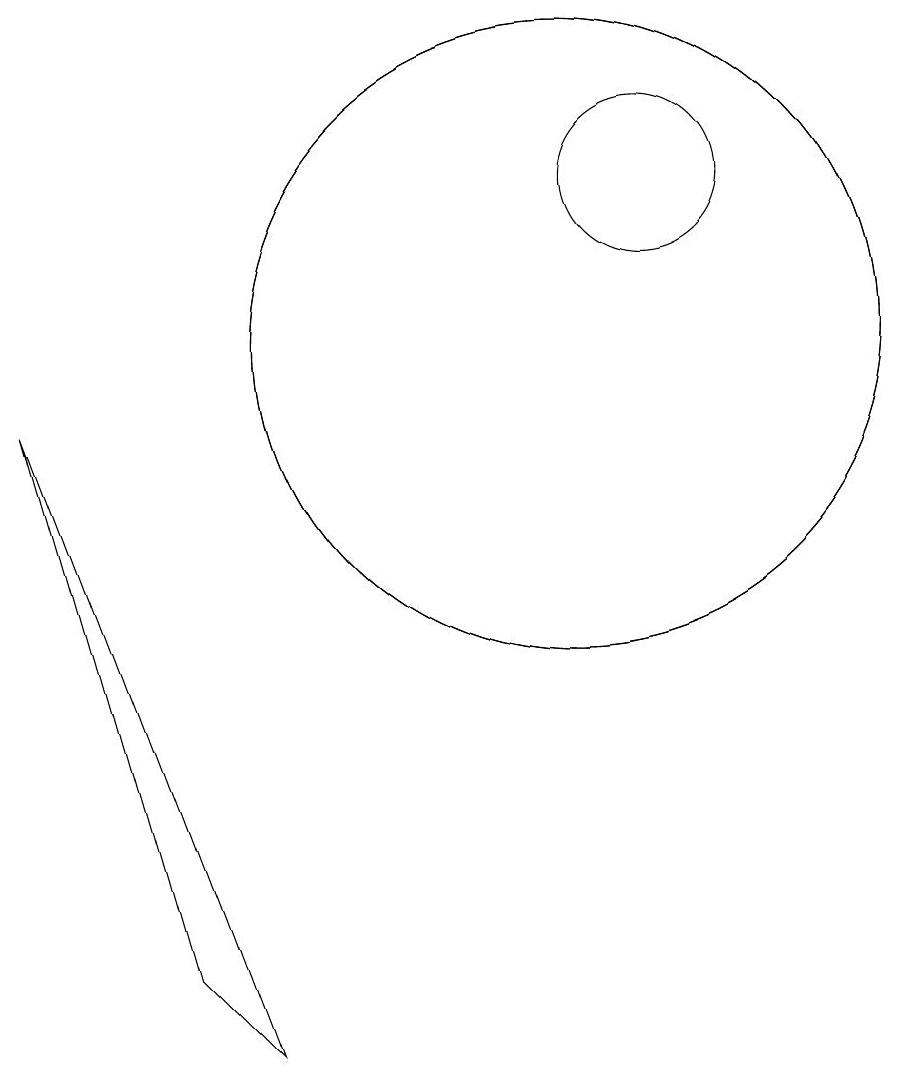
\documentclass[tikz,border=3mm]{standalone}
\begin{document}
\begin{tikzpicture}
\draw (10,10) circle (4);
\draw (11,12) circle (1);
\draw (10,10) circle (4);
\draw (5,2) -- (6,1) -- (3,9) -- cycle;
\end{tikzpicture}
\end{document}